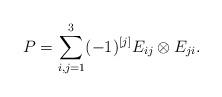
LaTeX: \begin{gather*} P = \sum_{i,j=1}^{3} (-1)^{[j]} E_{ij} \otimes E_{ji}.\end{gather*}